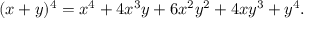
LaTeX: ( x + y ) ^ { 4 } = x ^ { 4 } + 4 x ^ { 3 } y + 6 x ^ { 2 } y ^ { 2 } + 4 x y ^ { 3 } + y ^ { 4 } .